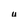
Character: u